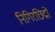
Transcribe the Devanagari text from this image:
निगिरछिद्रों